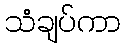
သံချပ်ကာ